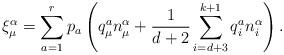
LaTeX: \begin{align*}\xi _{\mu }^{\alpha }=\sum_{a=1}^{r}p_{a}\left( q_{\mu }^{a}n_{\mu}^{\alpha }+\frac{1}{d+2}\sum_{i=d+3}^{k+1}q_{i}^{a}n_{i}^{\alpha}\right).\end{align*}